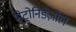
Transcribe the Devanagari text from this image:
मेट्रोनिडेज़ोल